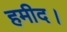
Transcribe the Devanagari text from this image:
हमीद।